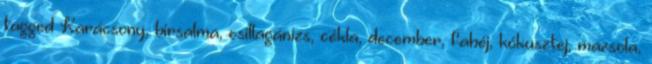
tagged Karácsony, birsalma, csillagánizs, cékla, december, fahéj, kókusztej, mazsola,